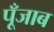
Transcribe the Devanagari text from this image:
पूँजाब